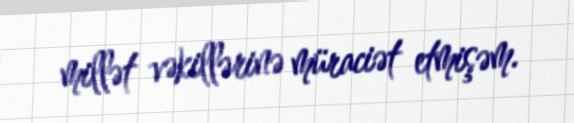
millət vəkillərinə müraciət etmişəm.